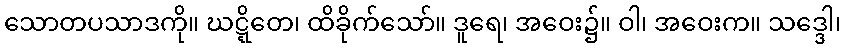
သောတပသာဒကို။ ဃဋ္ဋိတေ၊ ထိခိုက်သော်။ ဒူရေ၊ အဝေး၌။ ဝါ၊ အဝေးက။ သဒ္ဒေါ၊